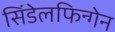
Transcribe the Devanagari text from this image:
सिंडेलफिन्गेन